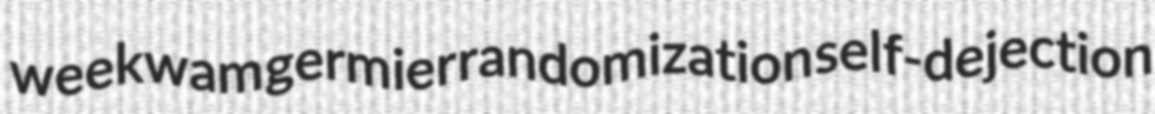
weekwam germier randomization self-dejection